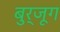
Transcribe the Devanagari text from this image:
बुर्जूग